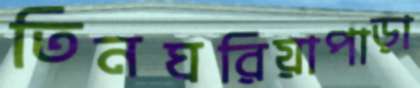
তিনঘরিয়াপাড়া